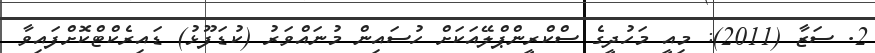
2. ސަޒާ (2011): މިއީ މަހުދީގެ ސްކްރީންޕްލޭއަކަށް ހުސައިން މުނައްވަރު (ކުޑަފޫޅު) ޑައިރެކްޓްކޮށްފައިވާ